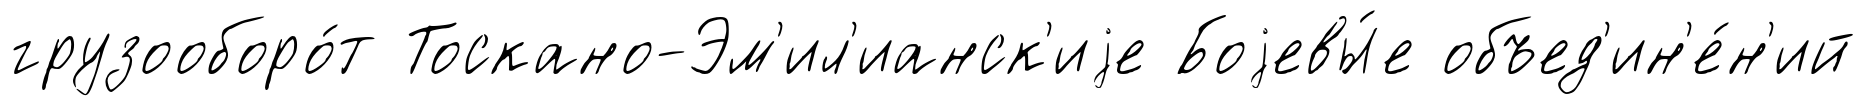
грузооборо́т Тоскано-Эм'ил'ианск'иjе Боjевы́е объед'ин'е́н'ий